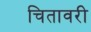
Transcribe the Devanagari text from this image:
चितावरी